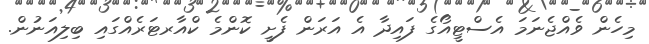
މިހެން ވެއްޖެނަމަ އެސްޓީއޯގެ ފައިދާ އެ އަރަން ފެށީ ކޮންމެ ކްއާރޓަރެއްގައި ބިލިއަނުން.